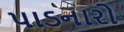
પાડનારો